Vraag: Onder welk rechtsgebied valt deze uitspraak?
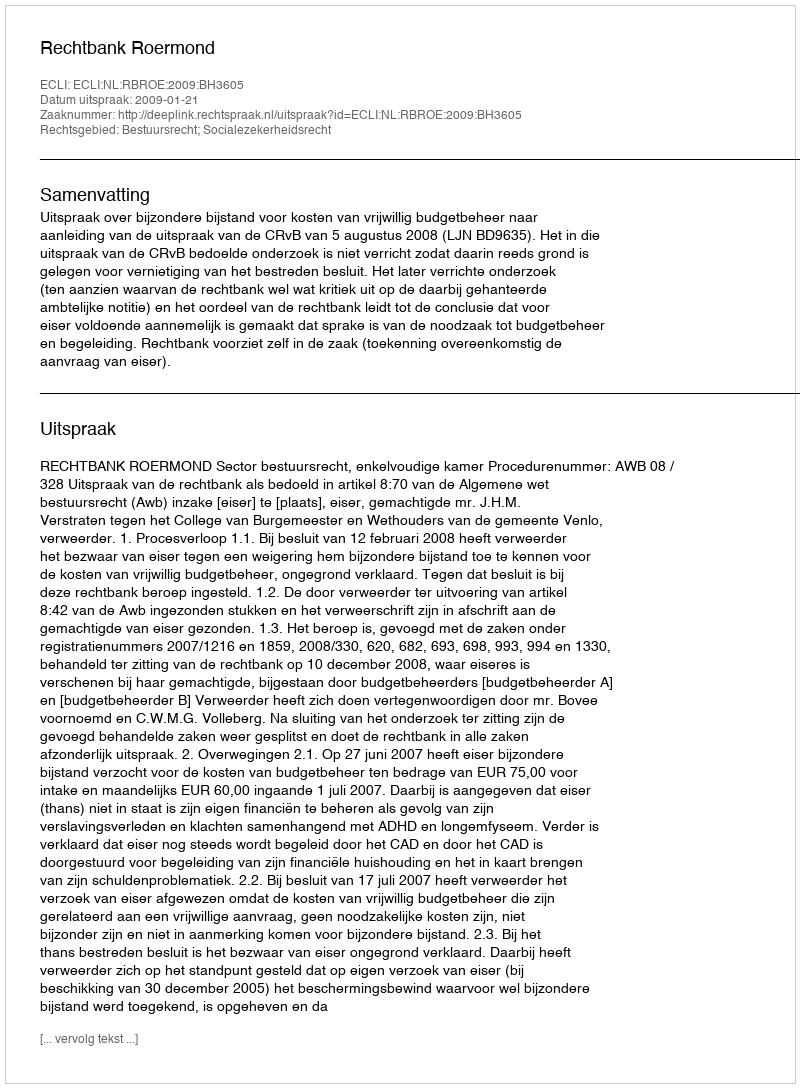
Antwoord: Bestuursrecht; Socialezekerheidsrecht